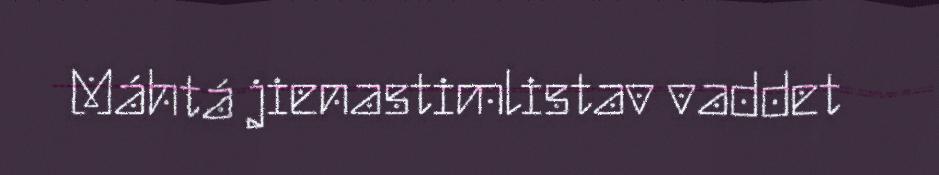
Máhtá jienastimlistav vaddet